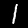
Label: 1